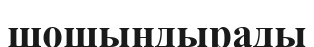
шошындырады